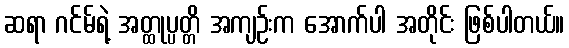
ဆရာ ဂင်မ်ရဲ့ အတ္ထုပ္ပတ္တိ အကျဉ်းက အောက်ပါ အတိုင်း ဖြစ်ပါတယ်။